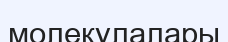
молекулалары